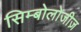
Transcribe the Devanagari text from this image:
सिम्बोलोजीज़